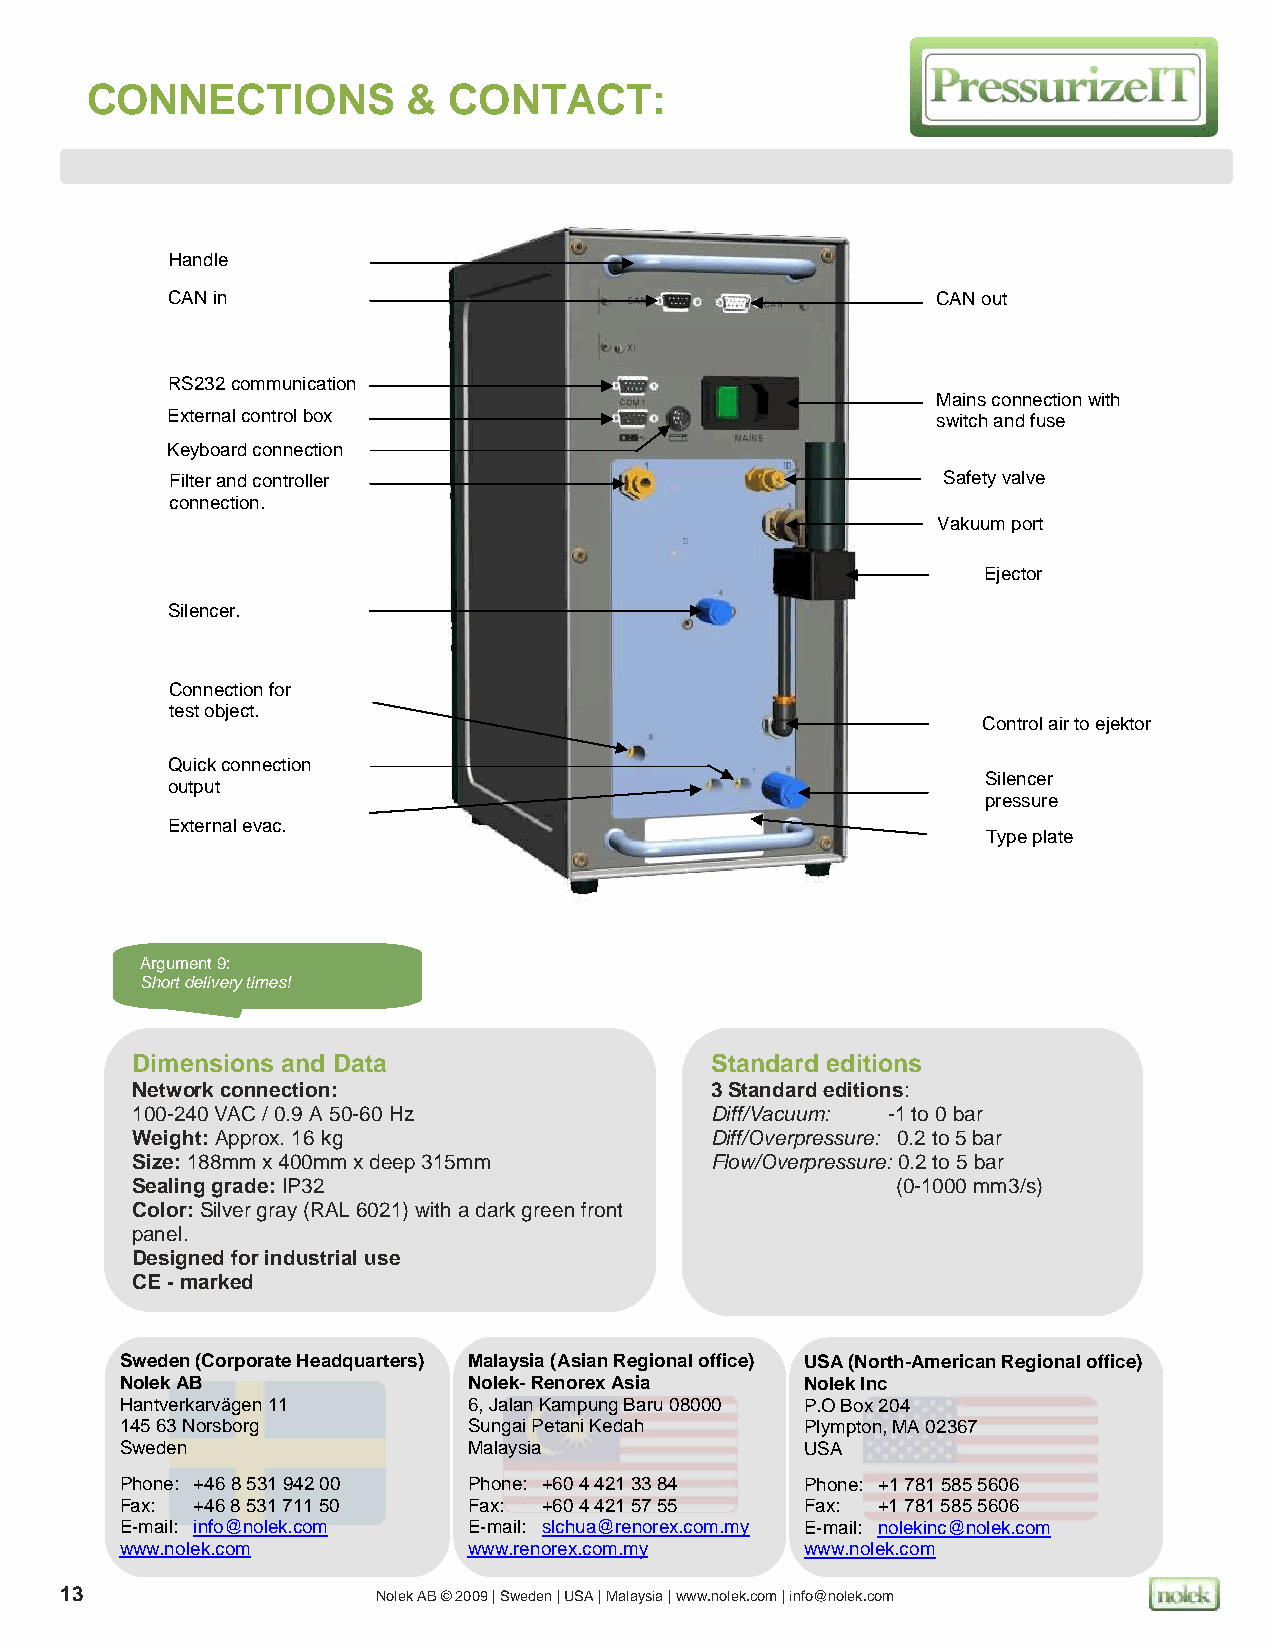
CONNECTIONS          &  CONTACT:
 Handle
 CAN in                                             CAN out
 RS232 communication
 Mains connection with
 External control box                               switch and fuse
 Keyboard connection
 Filter and controller                              Safety valve
 connection.
 Vakuum port
 Ejector
 Silencer.
 Connection for
 test object.
 Control air to ejektor
 Quick connection
 output
 Silencer
 pressure
 External evac.                                        normalisation
 Type plate
 Argument 9:
 Short delivery times!
 Dimensions and Data                   Standard editions
 Network connection:                   3 Standard editions:
 100-240 VAC / 0.9 A 50-60 Hz          Diff/Vacuum: -1 to 0 bar
 Weight: Approx. 16 kg                 Diff/Overpressure: 0.2 to 5 bar
 Size: 188mm x 400mm x deep 315mm      Flow/Overpressure: 0.2 to 5 bar
 Sealing grade: IP32                               (0-1000 mm3/s)
 Color: Silver gray (RAL 6021) with a dark green front
 panel.
 Designed for industrial use
 CE - marked
 Sweden (Corporate Headquarters) Malaysia (Asian Regional office) USA (North-American Regional office)
 Nolek AB               Nolek- Renorex Asia   Nolek Inc
 Hantverkarvägen 11     6, Jalan Kampung Baru 08000 P.O Box 204
 145 63 Norsborg        Sungai Petani Kedah   Plympton, MA 02367
 Sweden                 Malaysia              USA
 Phone: +46 8 531 942 00 Phone: +60 4 421 33 84 Phone: +1 781 585 5606
 Fax: +46 8 531 711 50  Fax: +60 4 421 57 55  Fax: +1 781 585 5606
 E-mail: info@nolek.com E-mail: slchua@renorex.com.my E-mail: nolekinc@nolek.com
 www.nolek.com          www.renorex.com.my    www.nolek.com
 13                   Nolek AB © 2009 | Sweden | USA | Malaysia | www.nolek.com | info@nolek.com